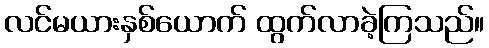
လင်မယားနှစ်ယောက် ထွက်လာခဲ့ကြသည်။